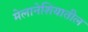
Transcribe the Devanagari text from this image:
मेलानेशियातील